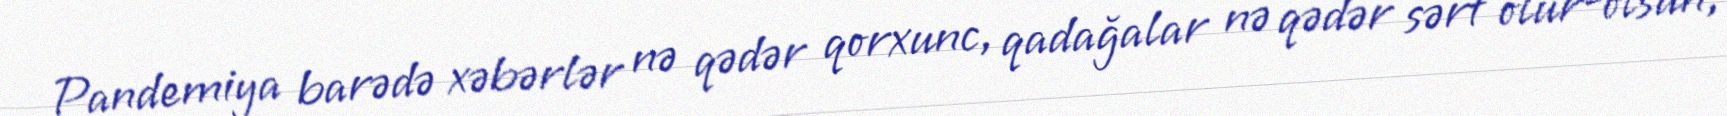
Pandemiya barədə xəbərlər nə qədər qorxunc, qadağalar nə qədər sərt olur-olsun,